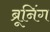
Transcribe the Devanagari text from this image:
ब्रूनिंग